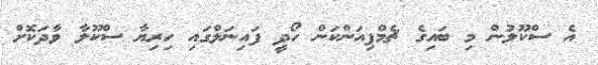
އެ ސްކޫލުން މި ބައިގެ ޗެމްޕިއަންކަން ހޯދީ ފައިނަލްގައި ހިރިޔާ ސްކޫލާ ވާދަކޮށް